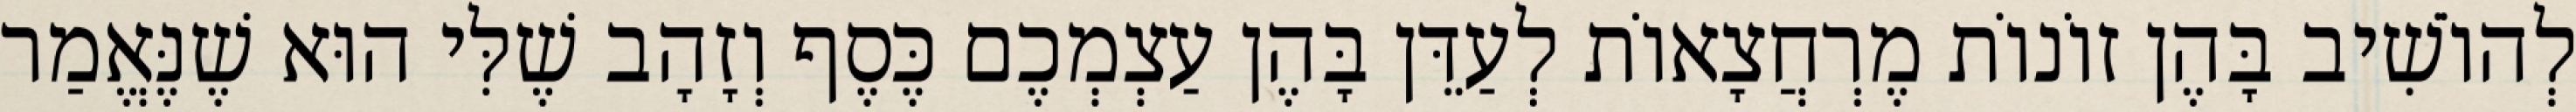
לְהוֹשִׁיב בָּהֶן זוֹנוֹת מֶרְחֲצָאוֹת לְעַדֵּן בָּהֶן עַצְמְכֶם כֶּסֶף וְזָהָב שֶׁלִּי הוּא שֶׁנֶּאֱמַר